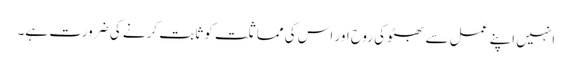
انہیں اپنے عمل سے بھٹو کی روح اور اس کی مماثلت کو ثابت کرنے کی ضرورت ہے۔